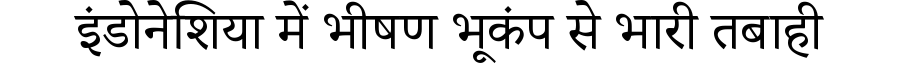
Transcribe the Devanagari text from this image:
इंडोनेशिया में भीषण भूकंप से भारी तबाही